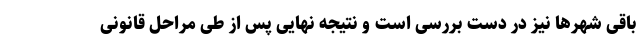
باقی شهرها نیز در دست بررسی است و نتیجه نهایی پس از طی مراحل قانونی